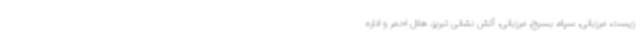
زیست، مرزبانی، سپاه، بسیج، مرزبانی، آتش نشانی تبریز، هلال احمر و اداره